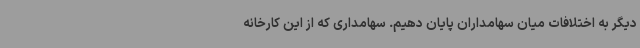
دیگر به اختلافات میان سهامداران پایان دهیم. سهامداری که از این کارخانه